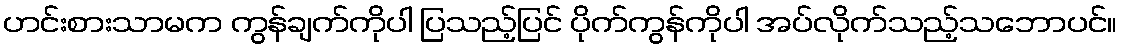
ဟင်းစားသာမက ကွန်ချက်ကိုပါ ပြသည့်ပြင် ပိုက်ကွန်ကိုပါ အပ်လိုက်သည့်သဘောပင်။